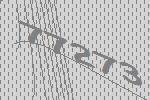
77273